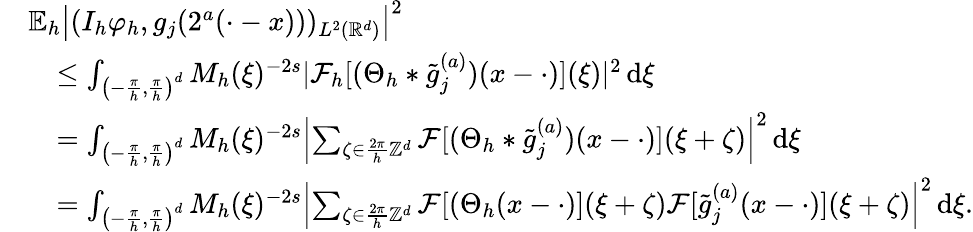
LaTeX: \begin{array}{rl}&{\mathbb{E}_{h}\left|(I_{h}\varphi_{h},g_{j}(2^{a}(\cdot-x)))_{L^{2}(\mathbb{R}^{d})}\right|^{2}}\\ &{\quad\le\int_{\left(-\frac{\pi}{h},\frac{\pi}{h}\right)^{d}}M_{h}(\xi)^{-2s}|\mathcal{F}_{h}[(\Theta_{h}*\tilde{g}_{j}^{(a)})(x-\cdot)](\xi)|^{2}\, \mathrm{d}\xi}\\ &{\quad=\int_{\left(-\frac{\pi}{h},\frac{\pi}{h}\right)^{d}}M_{h}(\xi)^{-2s}\left|\sum_{\zeta\in\frac{2\pi}{h}\mathbb{Z}^{d}}\mathcal{F}[(\Theta_{h}*\tilde{g}_{j}^{(a)})(x-\cdot)](\xi+\zeta)\right|^{2}\, \mathrm{d}\xi}\\ &{\quad=\int_{\left(-\frac{\pi}{h},\frac{\pi}{h}\right)^{d}}M_{h}(\xi)^{-2s}\left|\sum_{\zeta\in\frac{2\pi}{h}\mathbb{Z}^{d}}\mathcal{F}[(\Theta_{h}(x-\cdot)](\xi+\zeta)\mathcal{F}[\tilde{g}_{j}^{(a)}(x-\cdot)](\xi+\zeta)\right|^{2}\, \mathrm{d}\xi.}\end{array}